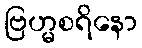
ဗြဟ္မစရိနော